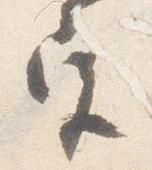
宮